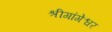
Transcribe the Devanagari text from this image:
श्रीगांगेश्वर